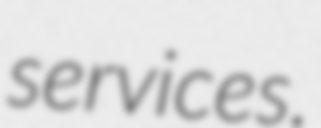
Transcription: services.